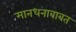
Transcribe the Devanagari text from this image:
मानधनाबाबत